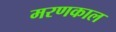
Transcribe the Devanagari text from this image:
मरणकाल